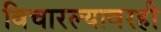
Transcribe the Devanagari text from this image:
विचारल्यावरही